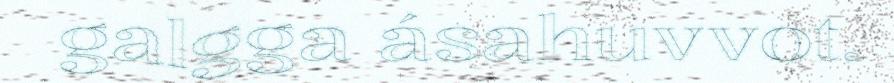
galgga ásahuvvot.